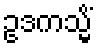
ဥဒကသ္မိံ